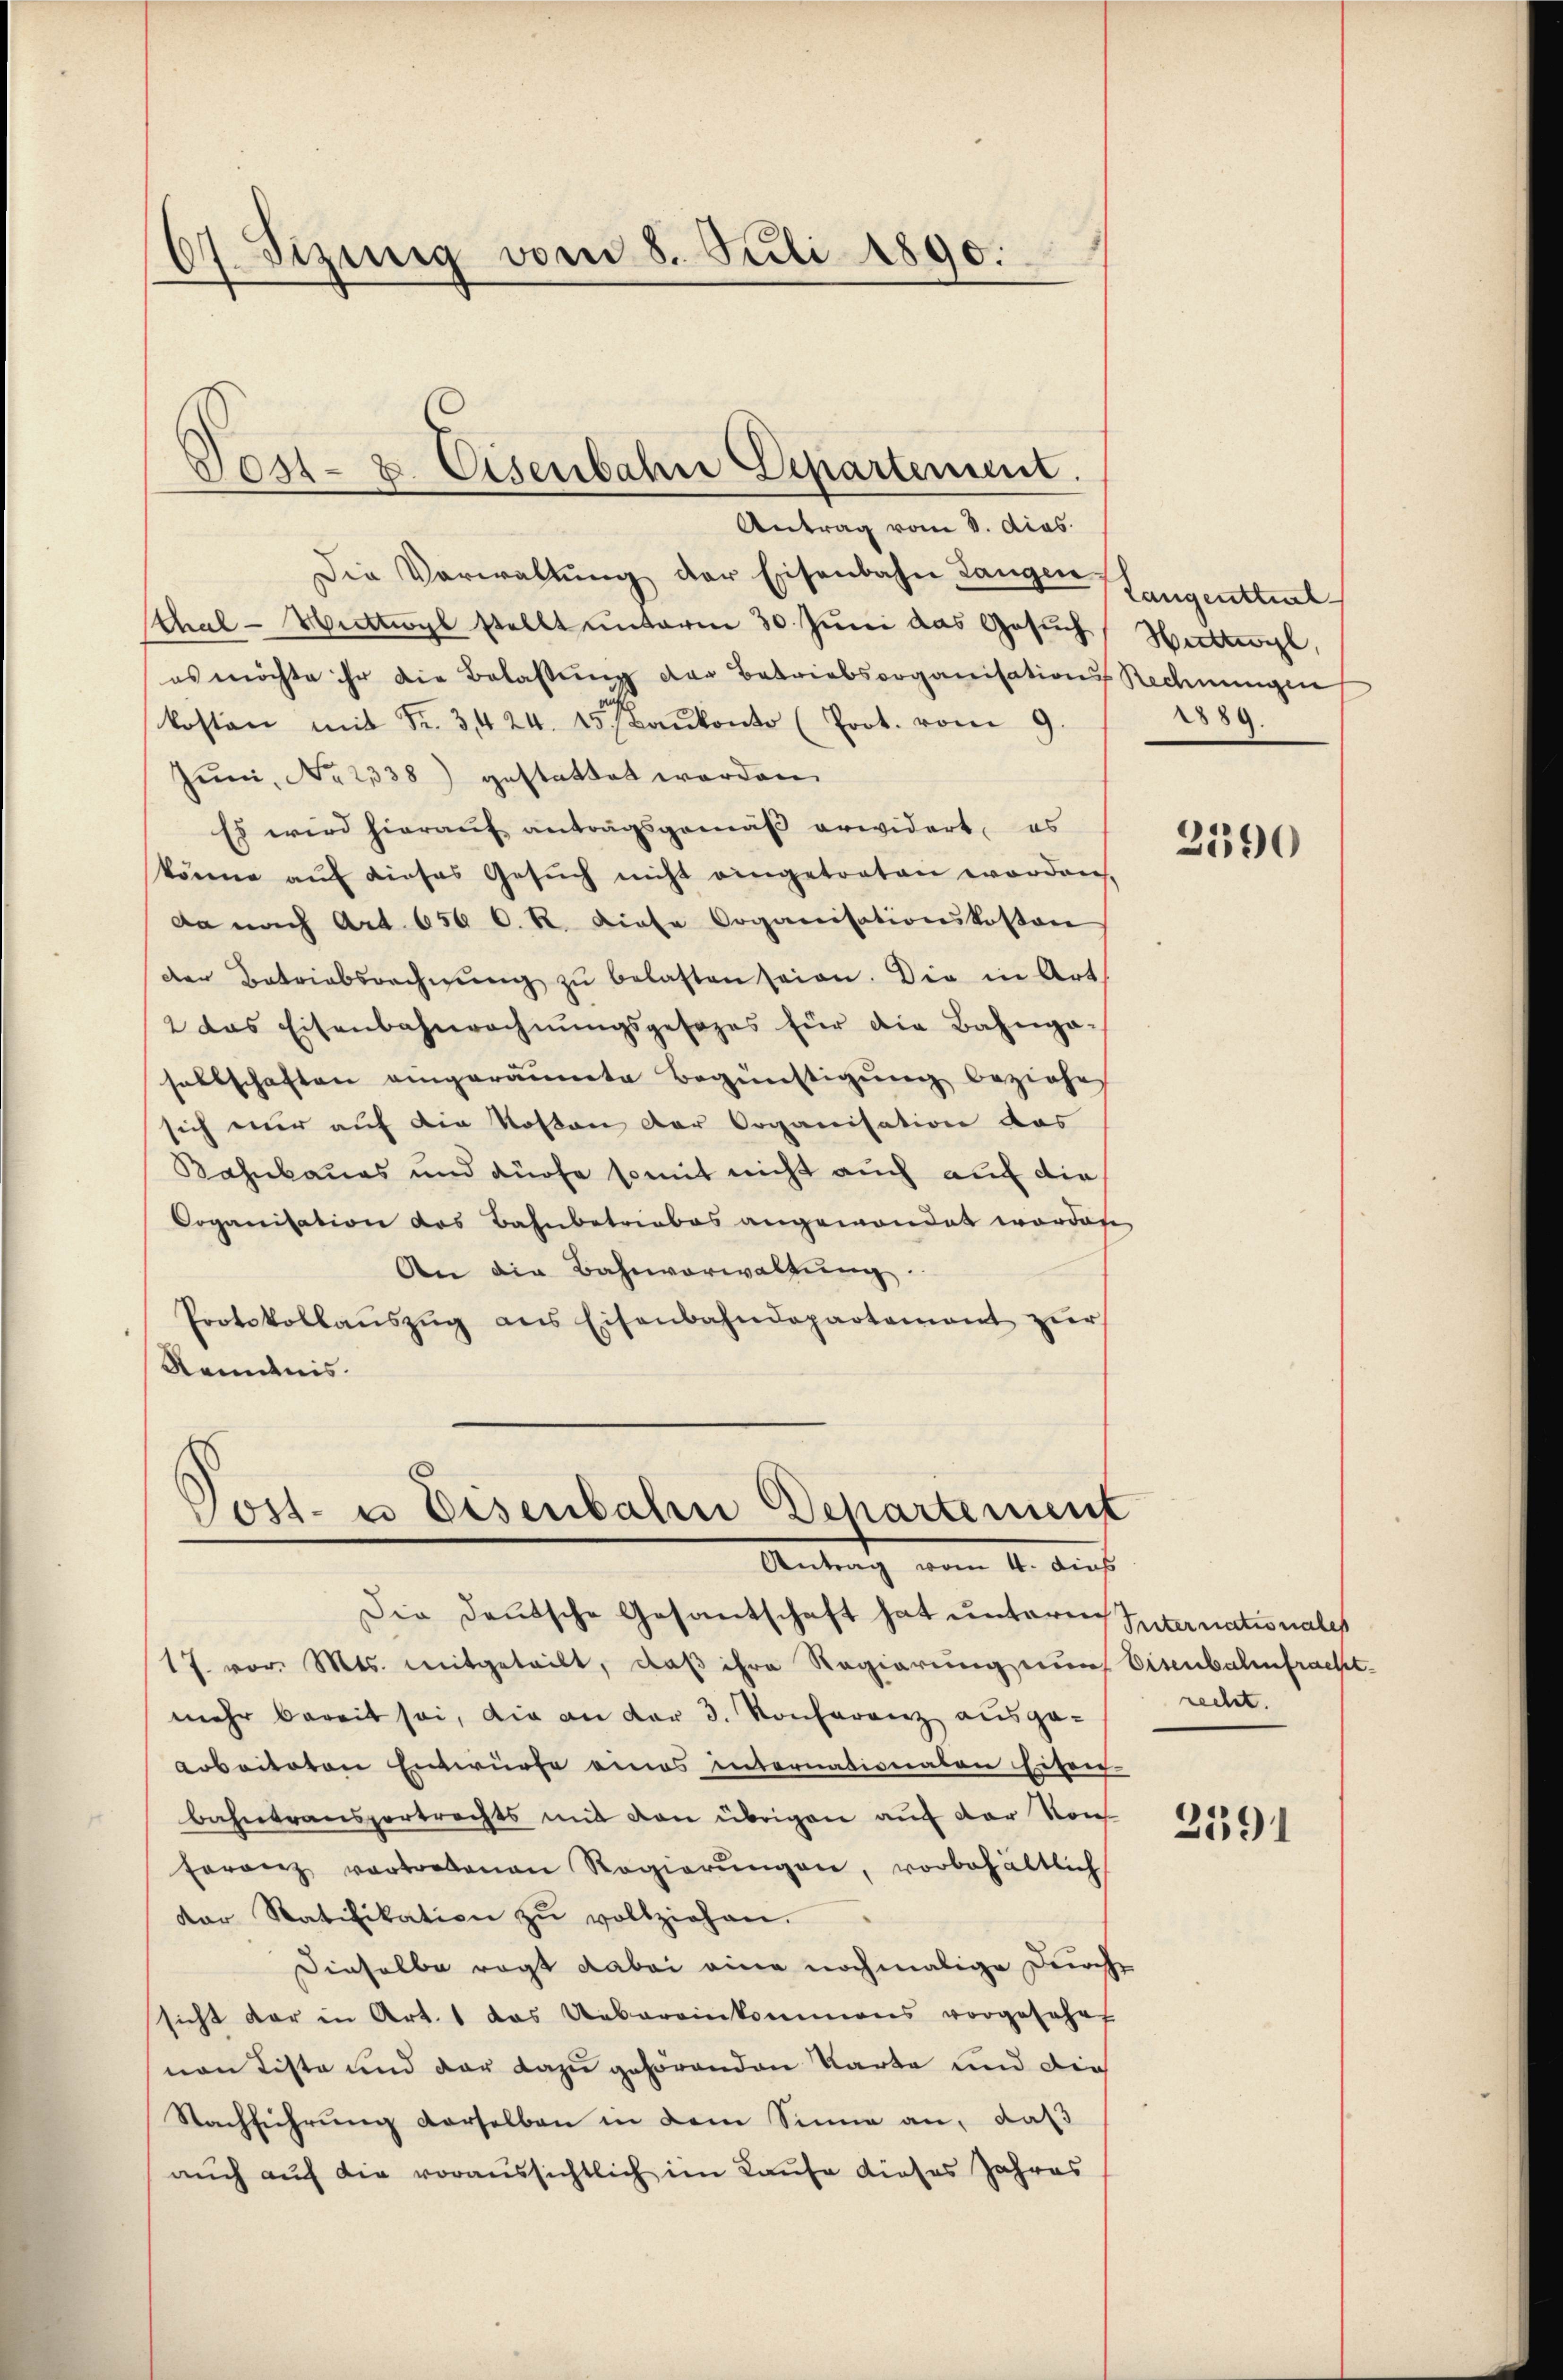
67. Sizung vom 8. Juli 1890.

Post- u. Eisenbahne Departement.

Antrag vom 8. dies
Die Verwaltung der Eisenbahn Langen
tthal-Wittwyl stellt unterm 30. Juni das Gesuch
es möchte ihr die Belastung der Betriebsorganisations Rechnungen
kosten mit Fr. 3424. 15. Baŭkonto (Prot. vom 9.
Juni, No 2338) gestattet worden.
Es wird hierauf antragsgemäß erwidert, es
könne auf dieses Gesŭch nicht eingetreten worden,
da nach Art. 656 C. R. diese Organisationskosten
der Betriebsrechnŭng zŭ belasten seien. Die in Art
2 das Eisenbahnrechnŭngsgesezes für die Bahnga-
sellschaften eingeräumte Begünstigung beziehes
sich nur auf die Kosten der Organisation das
Kahnbaues und dürfe somit nicht auch auf die
Coganisation das Bahnbetriebes angewandet worden,
An die Bahnverwaltung.
Protokollaŭszŭg ans Eisenbahndepartament zŭr
Kenntnis.

Vost- u Eisenbahn Departement
Antrag vom 1. Auf

Die deutsche Gesantschaft hat unteres Sternationales
17. vor. Mts. mitgeteilt, daß ihre Regierung nur Eisenbahnfrachtmehr bereit sei, die an der 3. Konferenz ausge-
arbeiteten Entwürfe eines Internationalen Eisen
bahntransportrechts mit den übrigen auf der von
feranz vertretenen Regierŭngen, vorbehältlich
der Ratifikation zŭ vollziehen.
Dieselbe ragt dabei eine nochmalige Durch
sicht der in Art. 1 das Uebereinkommens vorgesehet
von Liste und der dazu gehörenden Karte und die
Nachführung derselben in dem Sinne an, daß
auch auf die voraussichtlich im Laufe dieses Jahres

Langentuel
Huttwyl,
889.

2590

recht.

2591